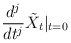
\begin{align*}\frac{d^j}{dt^j} \tilde{X}_t |_{t = 0} \end{align*}